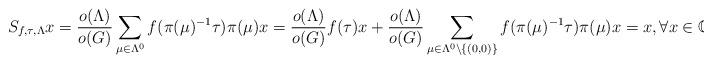
LaTeX: \begin{align*}S_{f, \tau, \Lambda}x=\frac{o(\Lambda)}{o(G)}\sum_{\mu\in \Lambda^0}f(\pi(\mu)^{-1}\tau) \pi(\mu)x=\frac{o(\Lambda)}{o(G)}f(\tau)x+\frac{o(\Lambda)}{o(G)}\sum_{\mu\in \Lambda^0\setminus \{(0,0)\}}f(\pi(\mu)^{-1}\tau) \pi(\mu)x=x, \forall x \in \mathbb{C}^{o(G)}.\end{align*}